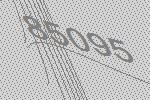
85095